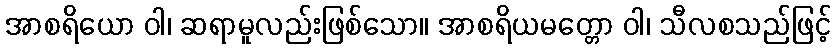
အာစရိယော ဝါ၊ ဆရာမူလည်းဖြစ်သော။ အာစရိယမတ္တော ဝါ၊ သီလစသည်ဖြင့်